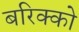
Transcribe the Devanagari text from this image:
बरिक्को